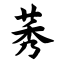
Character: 莠